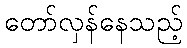
တော်လှန်နေသည့်